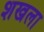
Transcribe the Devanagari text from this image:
शखला